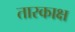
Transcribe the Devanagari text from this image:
तारकाक्ष